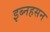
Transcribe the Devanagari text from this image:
इब्नहसन